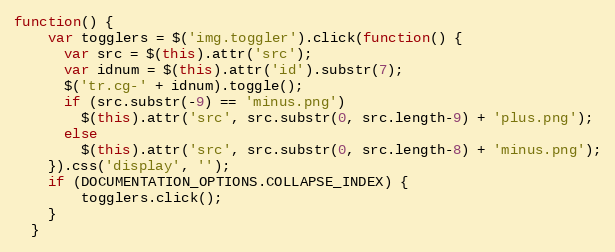
Language: JavaScript
function() {
    var togglers = $('img.toggler').click(function() {
      var src = $(this).attr('src');
      var idnum = $(this).attr('id').substr(7);
      $('tr.cg-' + idnum).toggle();
      if (src.substr(-9) == 'minus.png')
        $(this).attr('src', src.substr(0, src.length-9) + 'plus.png');
      else
        $(this).attr('src', src.substr(0, src.length-8) + 'minus.png');
    }).css('display', '');
    if (DOCUMENTATION_OPTIONS.COLLAPSE_INDEX) {
        togglers.click();
    }
  }